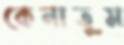
কেনাতুম